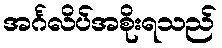
အင်္ဂလိပ်အစိုးရသည်